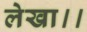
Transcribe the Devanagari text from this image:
लेखा।।